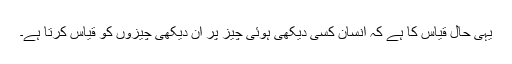
یہی حال قیاس کا ہے کہ انسان کسی دیکھی ہوئی چیز پر ان دیکھی چیزوں کو قیاس کرتا ہے۔